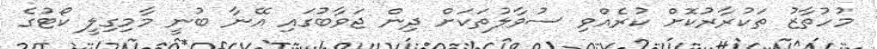
މުހުތާޒު ތަކުރާރުކޮށް ކުރެއްވި ސުވާލުތަކަށް ދިން ޖަވާބުގައި އޭނާ ބުނީ މާމިގިލީ ކޯޓުގެ